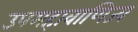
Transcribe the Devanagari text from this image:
उपमहावाणिज्य